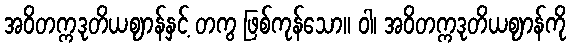
အဝိတက္ကဒုတိယဈာန်နှင့် တကွ ဖြစ်ကုန်သော။ ဝါ၊ အဝိတက္ကဒုတိယဈာန်ကို